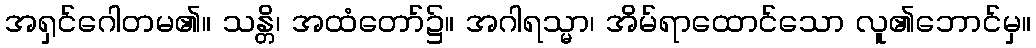
အရှင်ဂေါတမ၏။ သန္တိ၊ အထံတော်၌။ အဂါရသ္မာ၊ အိမ်ရာထောင်သော လူ၏ဘောင်မှ။